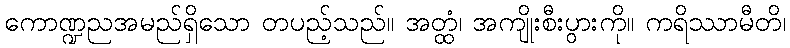
ကောဏ္ဍညအမည်ရှိသော တပည့်သည်။ အတ္ထံ၊ အကျိုးစီးပွားကို။ ကရိဿာမီတိ၊